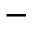
-